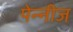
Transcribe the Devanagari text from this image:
पेन्नीज